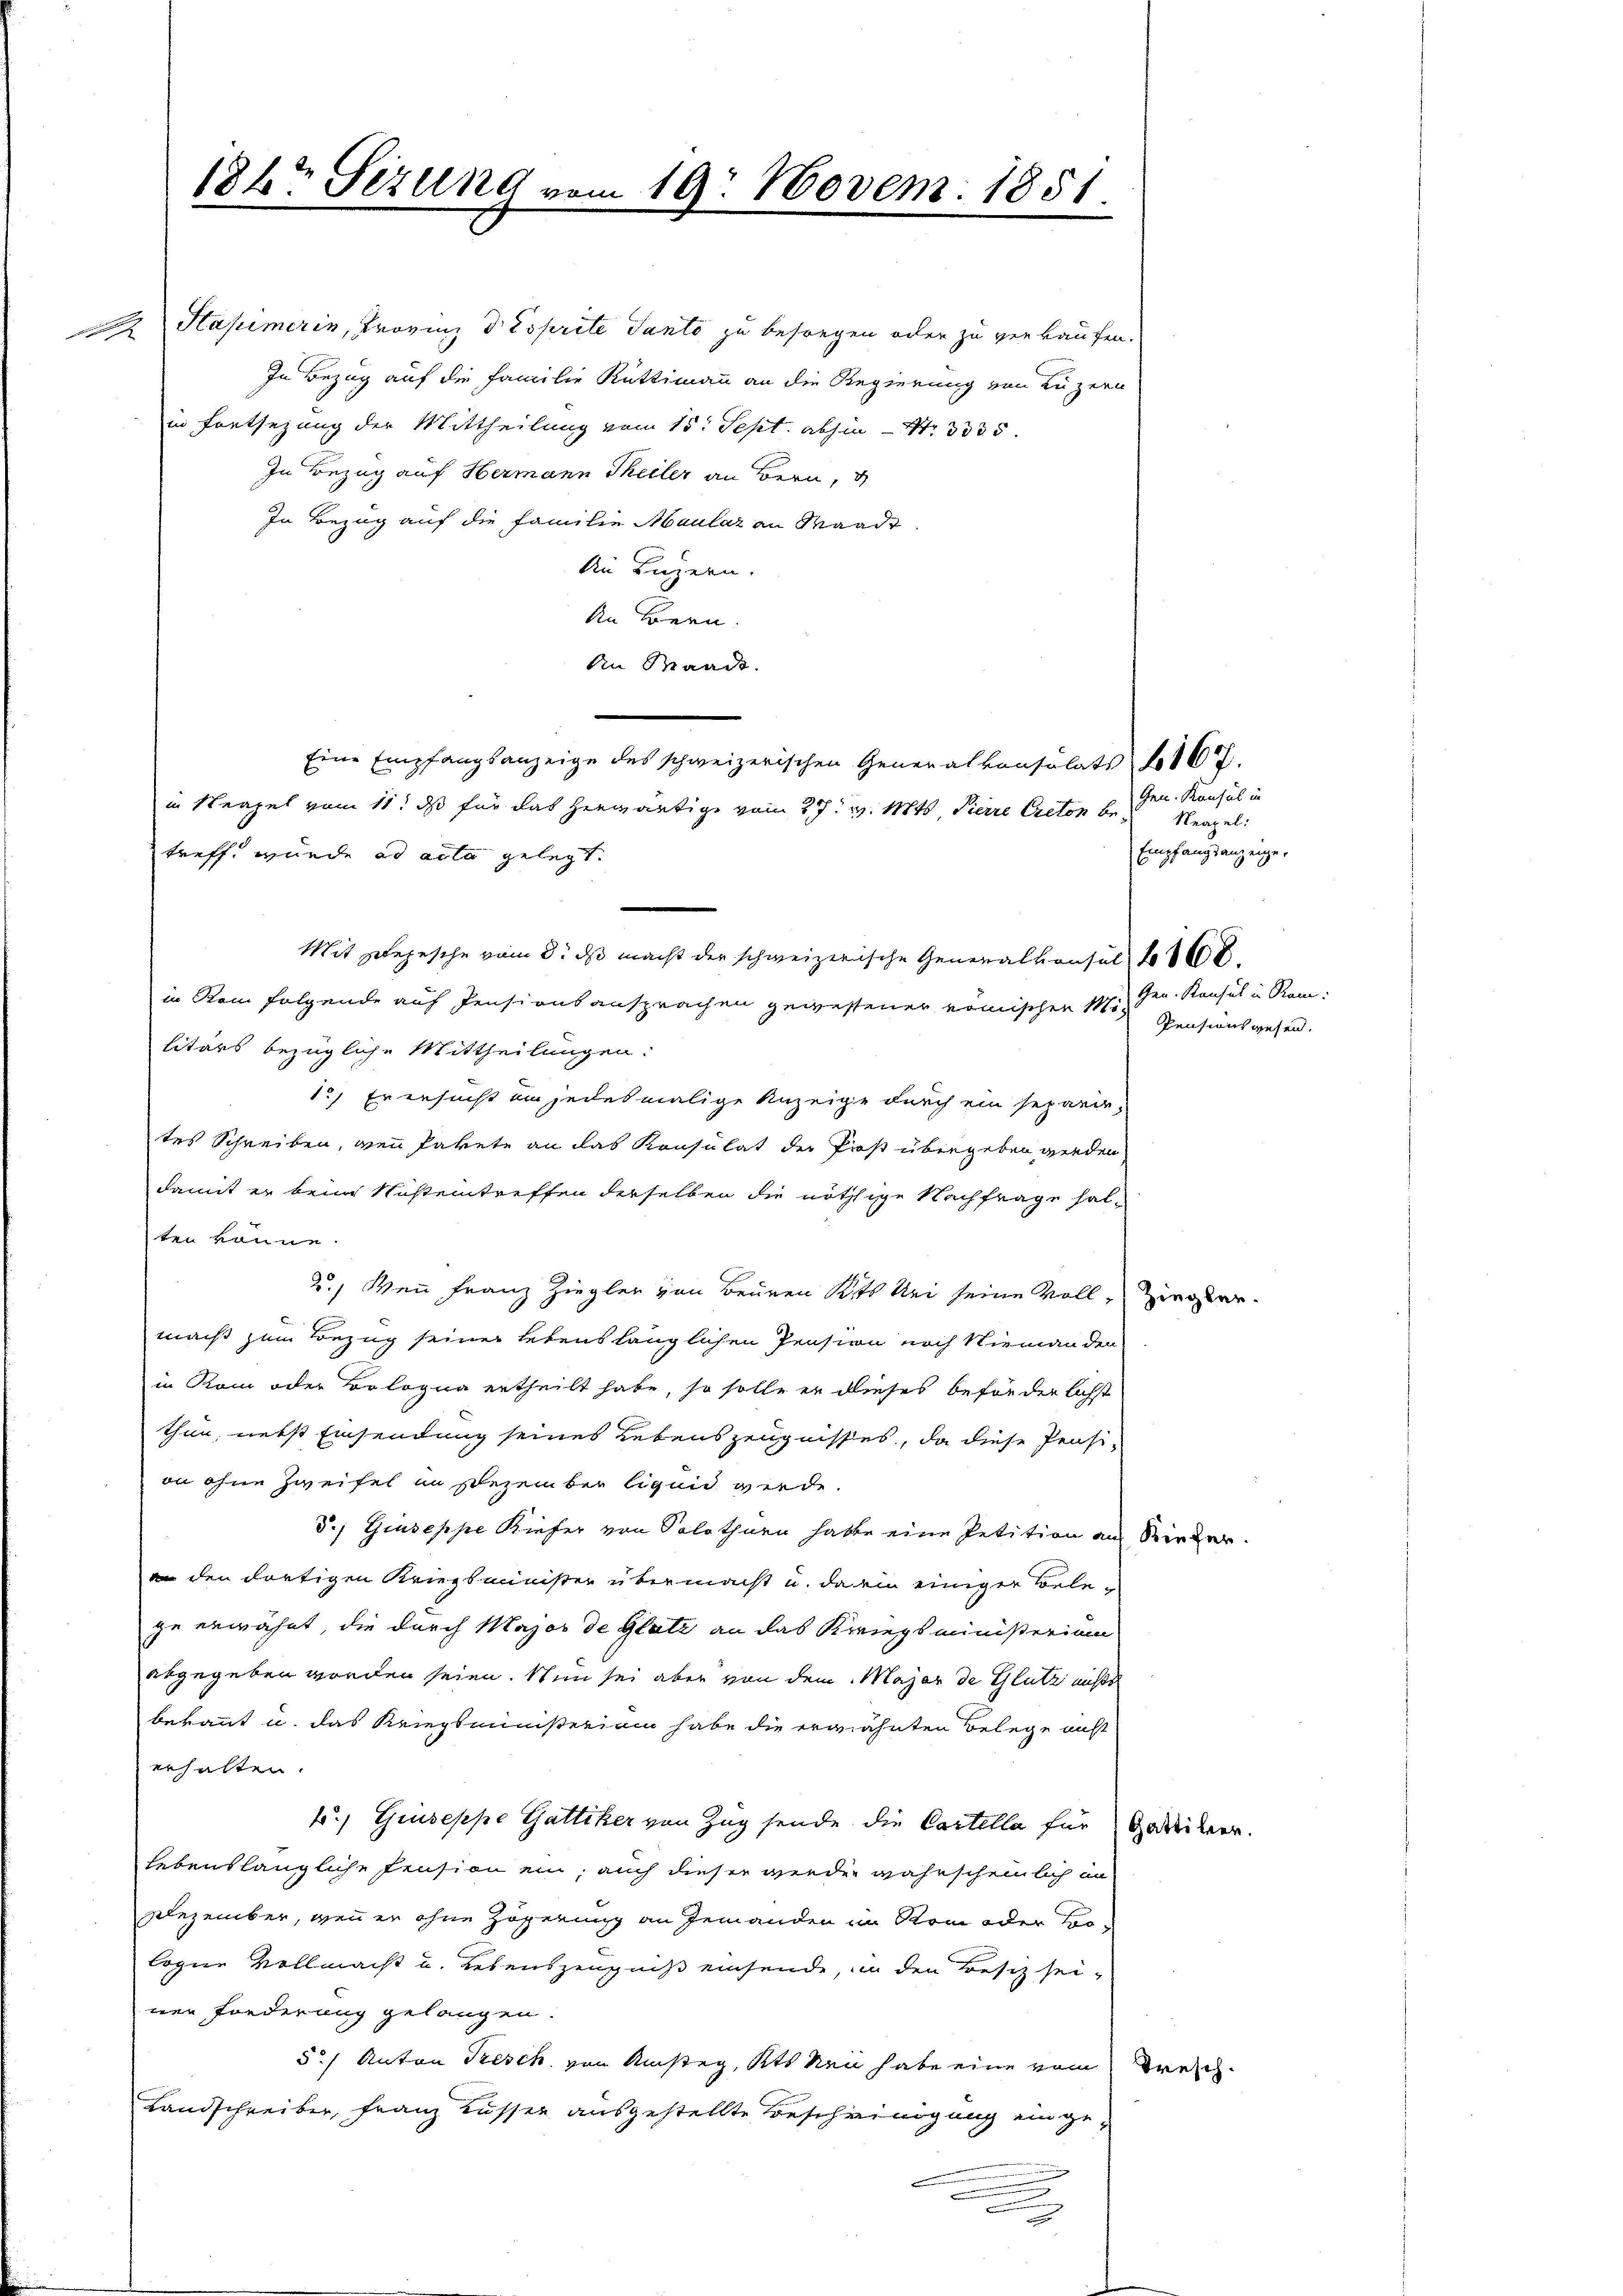
186 Perung vom 19. Novem. 1851.

Sapemerin, Provinz d Esprite Tanto zu besorgen oder zu verkaufen.
In Bezug auf die Familie Rüttimann an die Regierung von Luzern
in Fontsezung der Mittheilung vom 15t Sept. abhin Nr. 3335.
In Bezug auf Hermann Theiler an Bern, d
In Bezug auf die Familie Maulaz an Waadt
din Luzern.
An Bern.
An Waadt.
treff wurde ad acta gelegt.
in Rom folgende auf Pensionsansprachen gewessener nomischen Militärs bezügliche Mittheilungen:
1., Er ersucht ein jedesmalige Anzeige durch ein separir-
tes Schreiben, wenn Pakete an das Konsulat der Pros übergeben werden
damit er beim Nußeintreffen derselben die nöthige Nachfrage halten könne.
2.) Wenn Franz Ziegler von Beuren Kts bei seine Voll¬
Zi
macht zum Bezug seiner Lebenslänglichen Pension noch Niemanden
in Rom oder Bologna ertheilt habe, so solle er dieses beförderlichst
thun, nebst Einsendung seines Lebenszeugnisses, da diese Pension ohne Zweifel in sezember ligend werde.
d./ Giuseppe Kiefer von Solothurn hatte eine Petition an Rieder.
an den dortigen Kriegsminister übermacht u. darin einiger Belege erwähnt, die durch Major de Glatz an das Kriegsministerium
abgegeben worden seien. Nun sei aber von dem Major de Glutz nichts
bekannt u. das Kriegsministerium habe die erwähnten Belege nicht
erhalten.
t, Giuseppe Gattiker von Zug sende die Cartella für Gedecken.
lebenslängliche Pension ein; auch dieser werden wahrscheinlich in
Dezember, wenn er ohne Zögerung an jemanden im Rom oder Prologne Vollmacht u. Lebenszeugniß einsende, in den Besiz seinen Fonderung gelangen.
§.) Anton Tresch von Ansteg, Kts Neu habe eine vom Besch
Landschreiber, Franz Kusser ausgestellte Bescheinigung einge¬
.
.

Eine Empfangsanzeige des schweizerischen Generalkonsolats 167.
in Neapel vom 11t ds für das herwärtige vom 27. v. Mts. Tierre Creton be¬
Mit Depesche vom 8. ds macht der schweizerische Generalkonsul 60

Gen. Konsul in
Neapel:
Empfangsanzeige.
Gen. Konsul in Ram:
Pensionsgesen.

egber